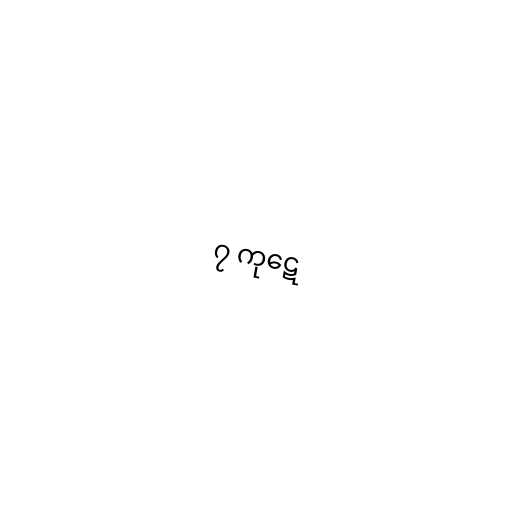
၇ ကုဋေ